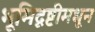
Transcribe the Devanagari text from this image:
भूमिदृष्टीमधून